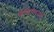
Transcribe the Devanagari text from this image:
कॅपिटॉलमध्ये